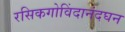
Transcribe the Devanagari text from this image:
रसिकगोविंदानंदघन